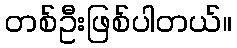
တစ်ဦးဖြစ်ပါတယ်။